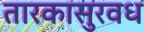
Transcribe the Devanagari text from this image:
तारकासुरवध